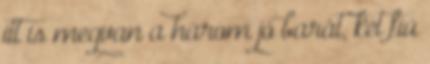
itt is megvan a három jó barát, két fiú